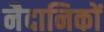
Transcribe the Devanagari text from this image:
नैदानिकों